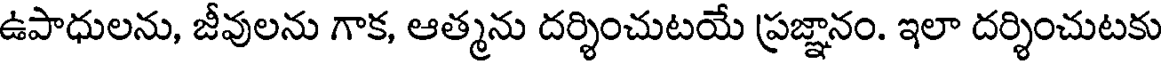
ఉపాధులను, జీవులను గాక, ఆత్మను దర్శించుటయే ప్రజ్ఞానం. ఇలా దర్శించుటకు